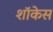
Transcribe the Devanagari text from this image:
शाॅकेस